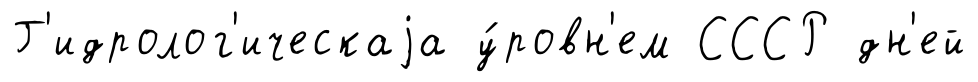
Г'идролог'ическаjа у́ровн'ем СССР дн'ей